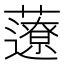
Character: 𧂏